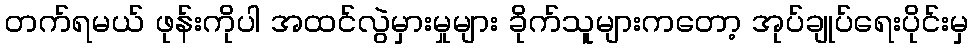
တက်ရမယ် ဖုန်းကိုပါ အထင်လွဲမှားမှုများ ခိုက်သူများကတော့ အုပ်ချုပ်ရေးပိုင်းမှ